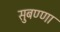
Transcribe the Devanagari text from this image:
सुबण्णा